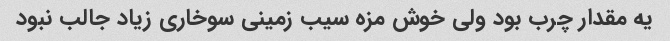
یه مقدار چرب بود ولی خوش مزه سیب زمینی سوخاری زیاد جالب نبود